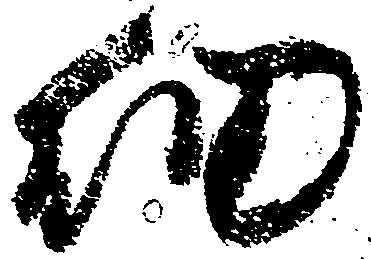
細